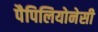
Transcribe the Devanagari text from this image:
पैपिलियोनेसी